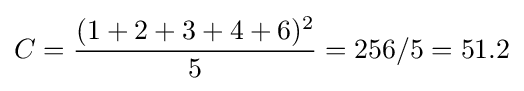
C={\frac {(1+2+3+4+6)^{2}}{5}}=256/5=51.2